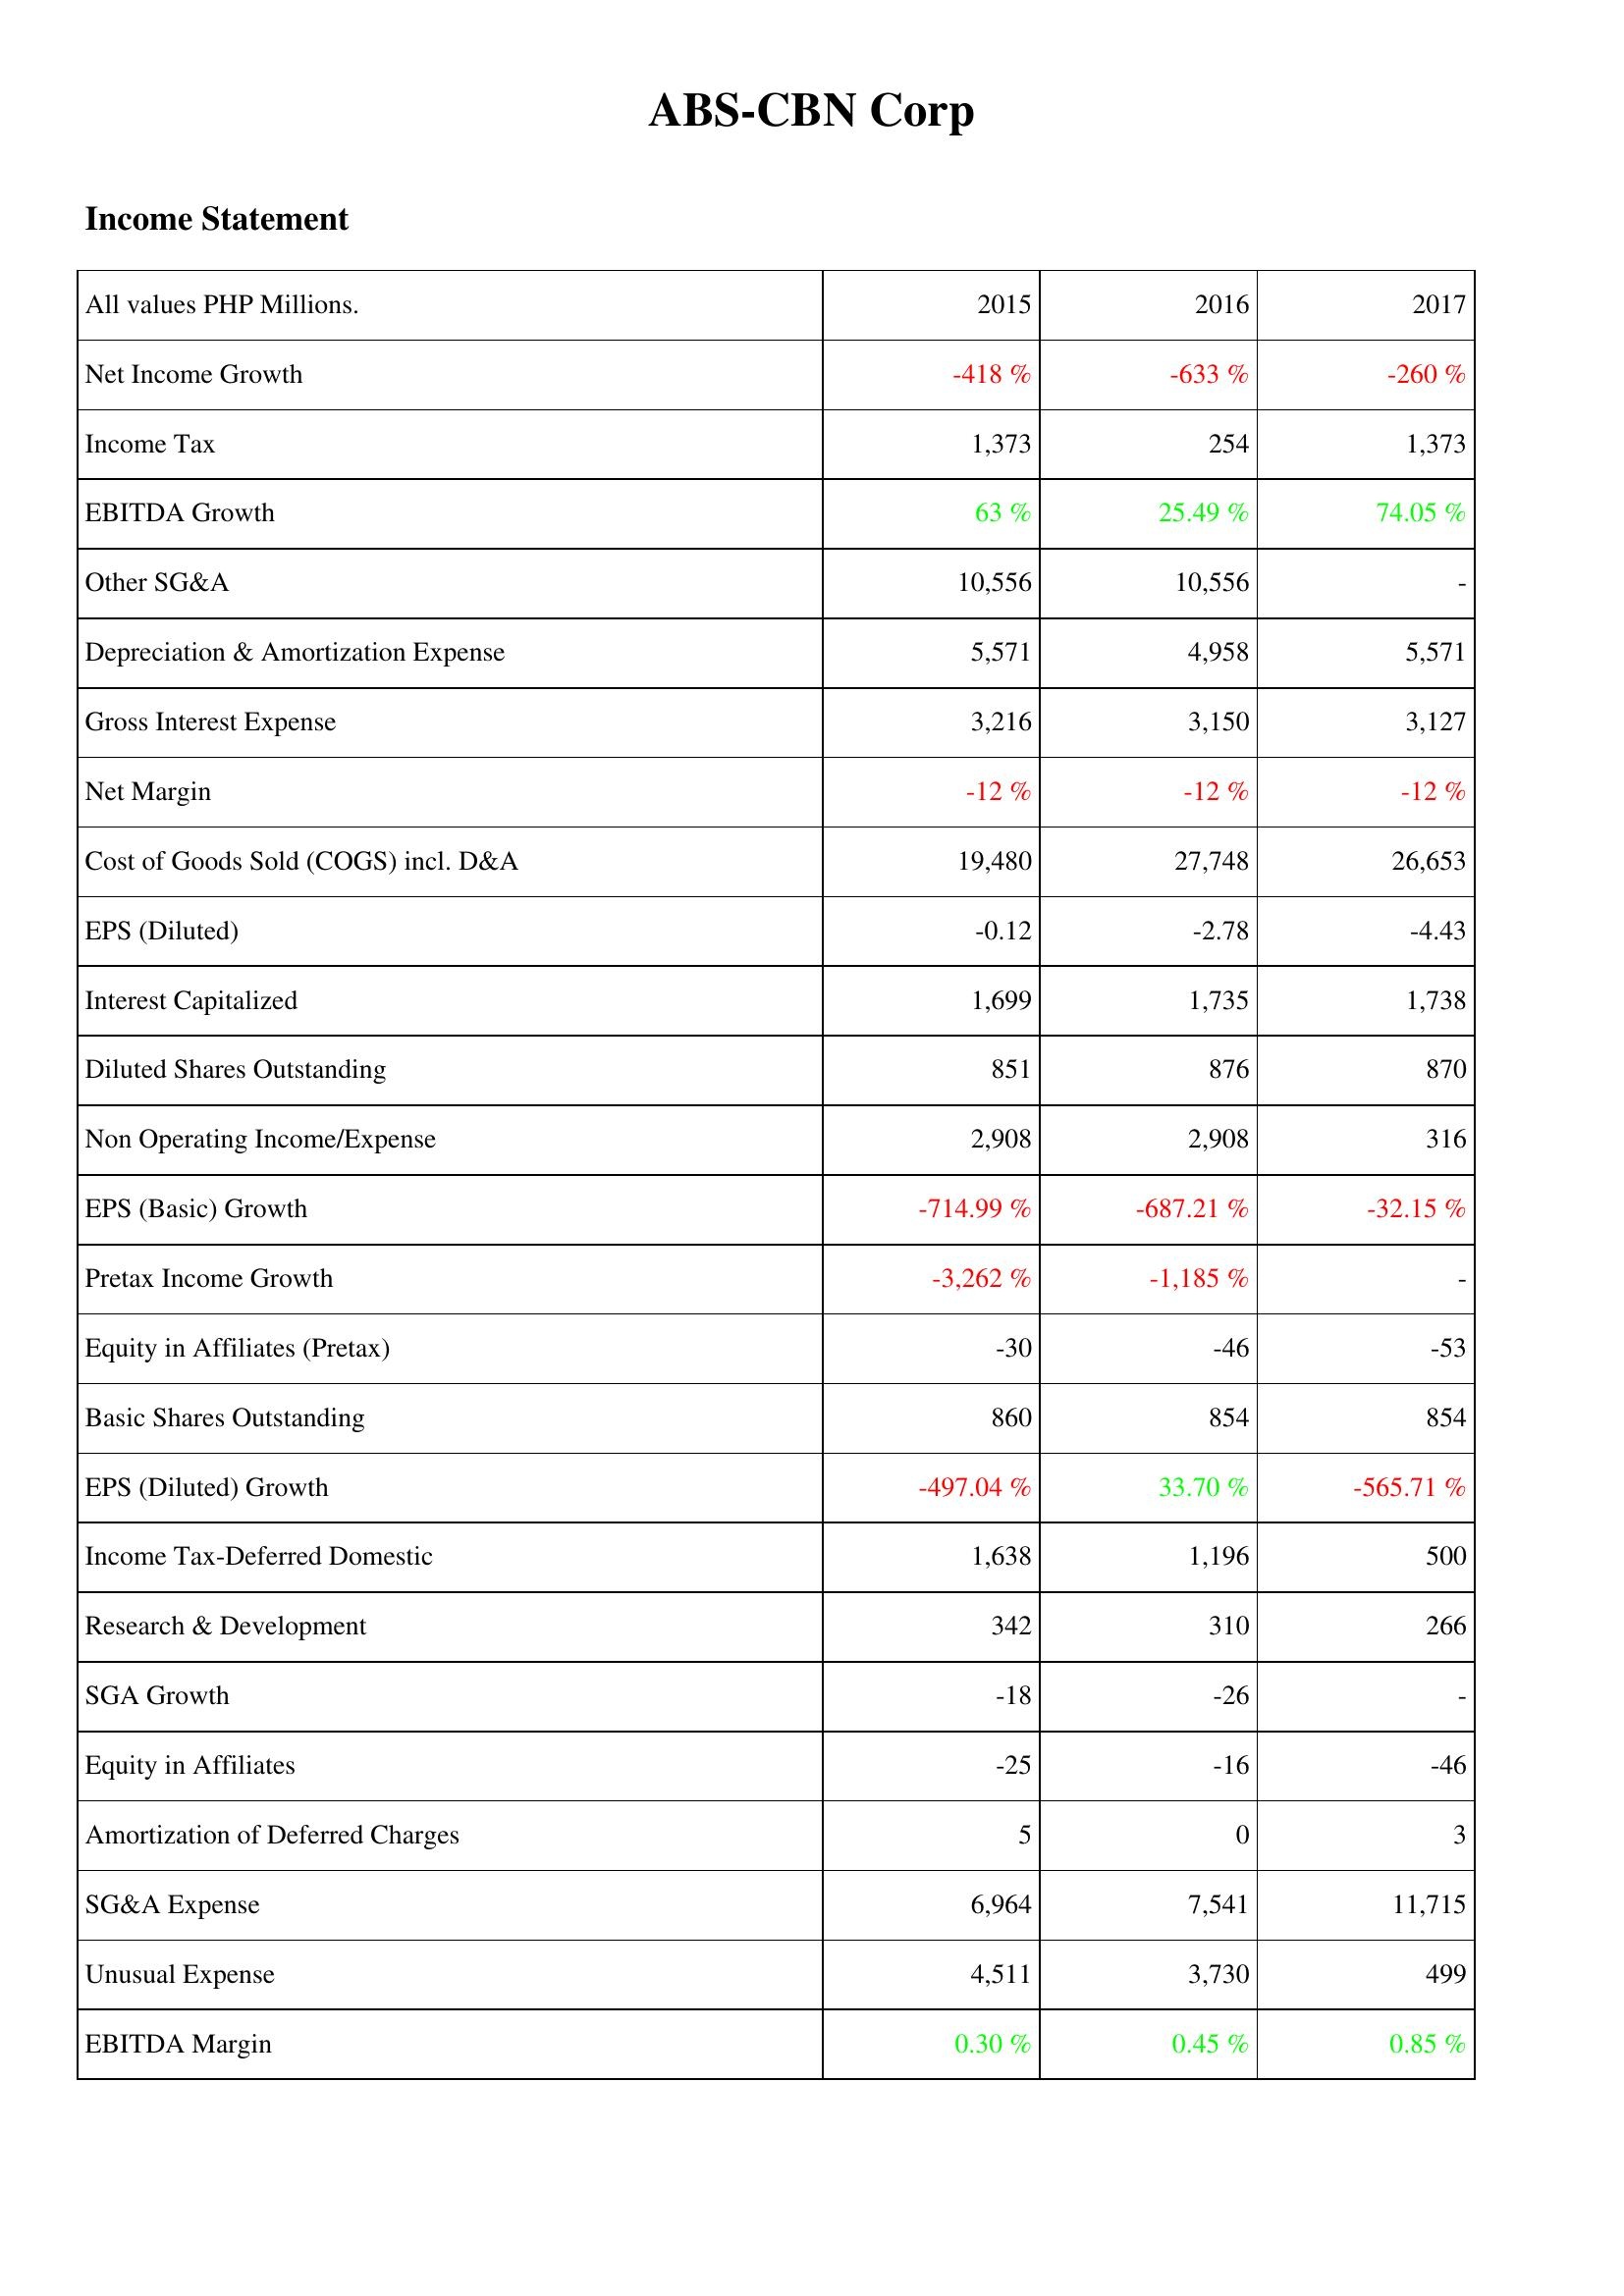
2015: Income Statement: Net Income Growth: -418 %
Income Tax: 1,373
EBITDA Growth: 63 %
Other SG&A: 10,556
Depreciation & Amortization Expense: 5,571
Gross Interest Expense: 3,216
Net Margin: -12 %
Cost of Goods Sold (COGS) incl. D&A: 19,480
EPS (Diluted): -0.12
Interest Capitalized: 1,699
Diluted Shares Outstanding: 851
Non Operating Income/Expense: 2,908
EPS (Basic) Growth: -714.99 %
Pretax Income Growth: -3,262 %
Equity in Affiliates (Pretax): -30
Basic Shares Outstanding: 860
EPS (Diluted) Growth: -497.04 %
Income Tax-Deferred Domestic: 1,638
Research & Development: 342
SGA Growth: -18
Equity in Affiliates: -25
Amortization of Deferred Charges: 5
SG&A Expense: 6,964
Unusual Expense: 4,511
EBITDA Margin: 0.30 %
2016: Income Statement: Net Income Growth: -633 %
Income Tax: 254
EBITDA Growth: 25.49 %
Other SG&A: 10,556
Depreciation & Amortization Expense: 4,958
Gross Interest Expense: 3,150
Net Margin: -12 %
Cost of Goods Sold (COGS) incl. D&A: 27,748
EPS (Diluted): -2.78
Interest Capitalized: 1,735
Diluted Shares Outstanding: 876
Non Operating Income/Expense: 2,908
EPS (Basic) Growth: -687.21 %
Pretax Income Growth: -1,185 %
Equity in Affiliates (Pretax): -46
Basic Shares Outstanding: 854
EPS (Diluted) Growth: 33.70 %
Income Tax-Deferred Domestic: 1,196
Research & Development: 310
SGA Growth: -26
Equity in Affiliates: -16
Amortization of Deferred Charges: 0
SG&A Expense: 7,541
Unusual Expense: 3,730
EBITDA Margin: 0.45 %
2017: Income Statement: Net Income Growth: -260 %
Income Tax: 1,373
EBITDA Growth: 74.05 %
Other SG&A: -
Depreciation & Amortization Expense: 5,571
Gross Interest Expense: 3,127
Net Margin: -12 %
Cost of Goods Sold (COGS) incl. D&A: 26,653
EPS (Diluted): -4.43
Interest Capitalized: 1,738
Diluted Shares Outstanding: 870
Non Operating Income/Expense: 316
EPS (Basic) Growth: -32.15 %
Pretax Income Growth: -
Equity in Affiliates (Pretax): -53
Basic Shares Outstanding: 854
EPS (Diluted) Growth: -565.71 %
Income Tax-Deferred Domestic: 500
Research & Development: 266
SGA Growth: -
Equity in Affiliates: -46
Amortization of Deferred Charges: 3
SG&A Expense: 11,715
Unusual Expense: 499
EBITDA Margin: 0.85 %